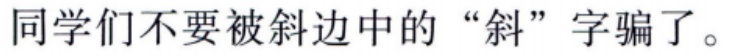
同学们不要被斜边中的“斜”字骗了。